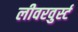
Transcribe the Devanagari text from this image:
लीवरवुर्स्ट